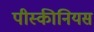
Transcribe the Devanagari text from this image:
पीस्कीनियस